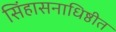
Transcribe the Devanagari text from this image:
सिंहासनाधिष्ठीत